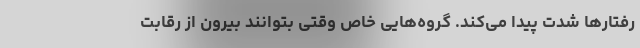
رفتارها شدت پیدا می‌کند. گروه‌هایی خاص وقتی بتوانند بیرون از رقابت